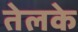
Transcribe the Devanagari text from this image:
तेलके